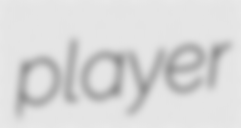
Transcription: player